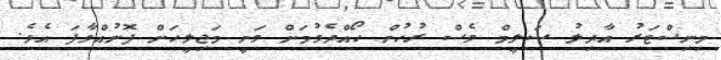
މިނިސްޓަރު އާދިލު ސަލީމް ވެސް ރުހުން ހޯއްދެވުމަށް ވަނީ މަޖިލީހަށް ފޮނުއްވާފަ އެވެ.